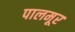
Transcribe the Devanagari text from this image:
पालमूर